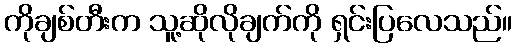
ကိုချစ်တီးက သူ့ဆိုလိုချက်ကို ရှင်းပြလေသည်။